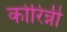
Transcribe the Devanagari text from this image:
कोरिन्नी